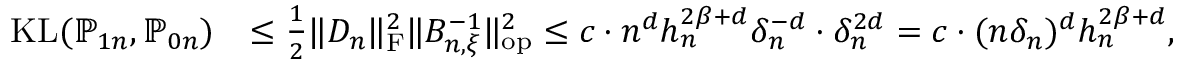
\begin{array} { r l } { \mathrm { K L } ( \mathbb { P } _ { 1 n } , \mathbb { P } _ { 0 n } ) } & { \le \frac { 1 } { 2 } \| D _ { n } \| _ { \mathrm { F } } ^ { 2 } \| B _ { n , \xi } ^ { - 1 } \| _ { \mathrm { o p } } ^ { 2 } \le c \cdot n ^ { d } h _ { n } ^ { 2 \beta + d } \delta _ { n } ^ { - d } \cdot \delta _ { n } ^ { 2 d } = c \cdot ( n \delta _ { n } ) ^ { d } h _ { n } ^ { 2 \beta + d } , } \end{array}